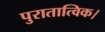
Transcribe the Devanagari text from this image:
पुरातात्विक।